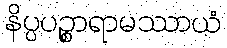
နိပ္ပပဉ္စာရာမဿာယံ